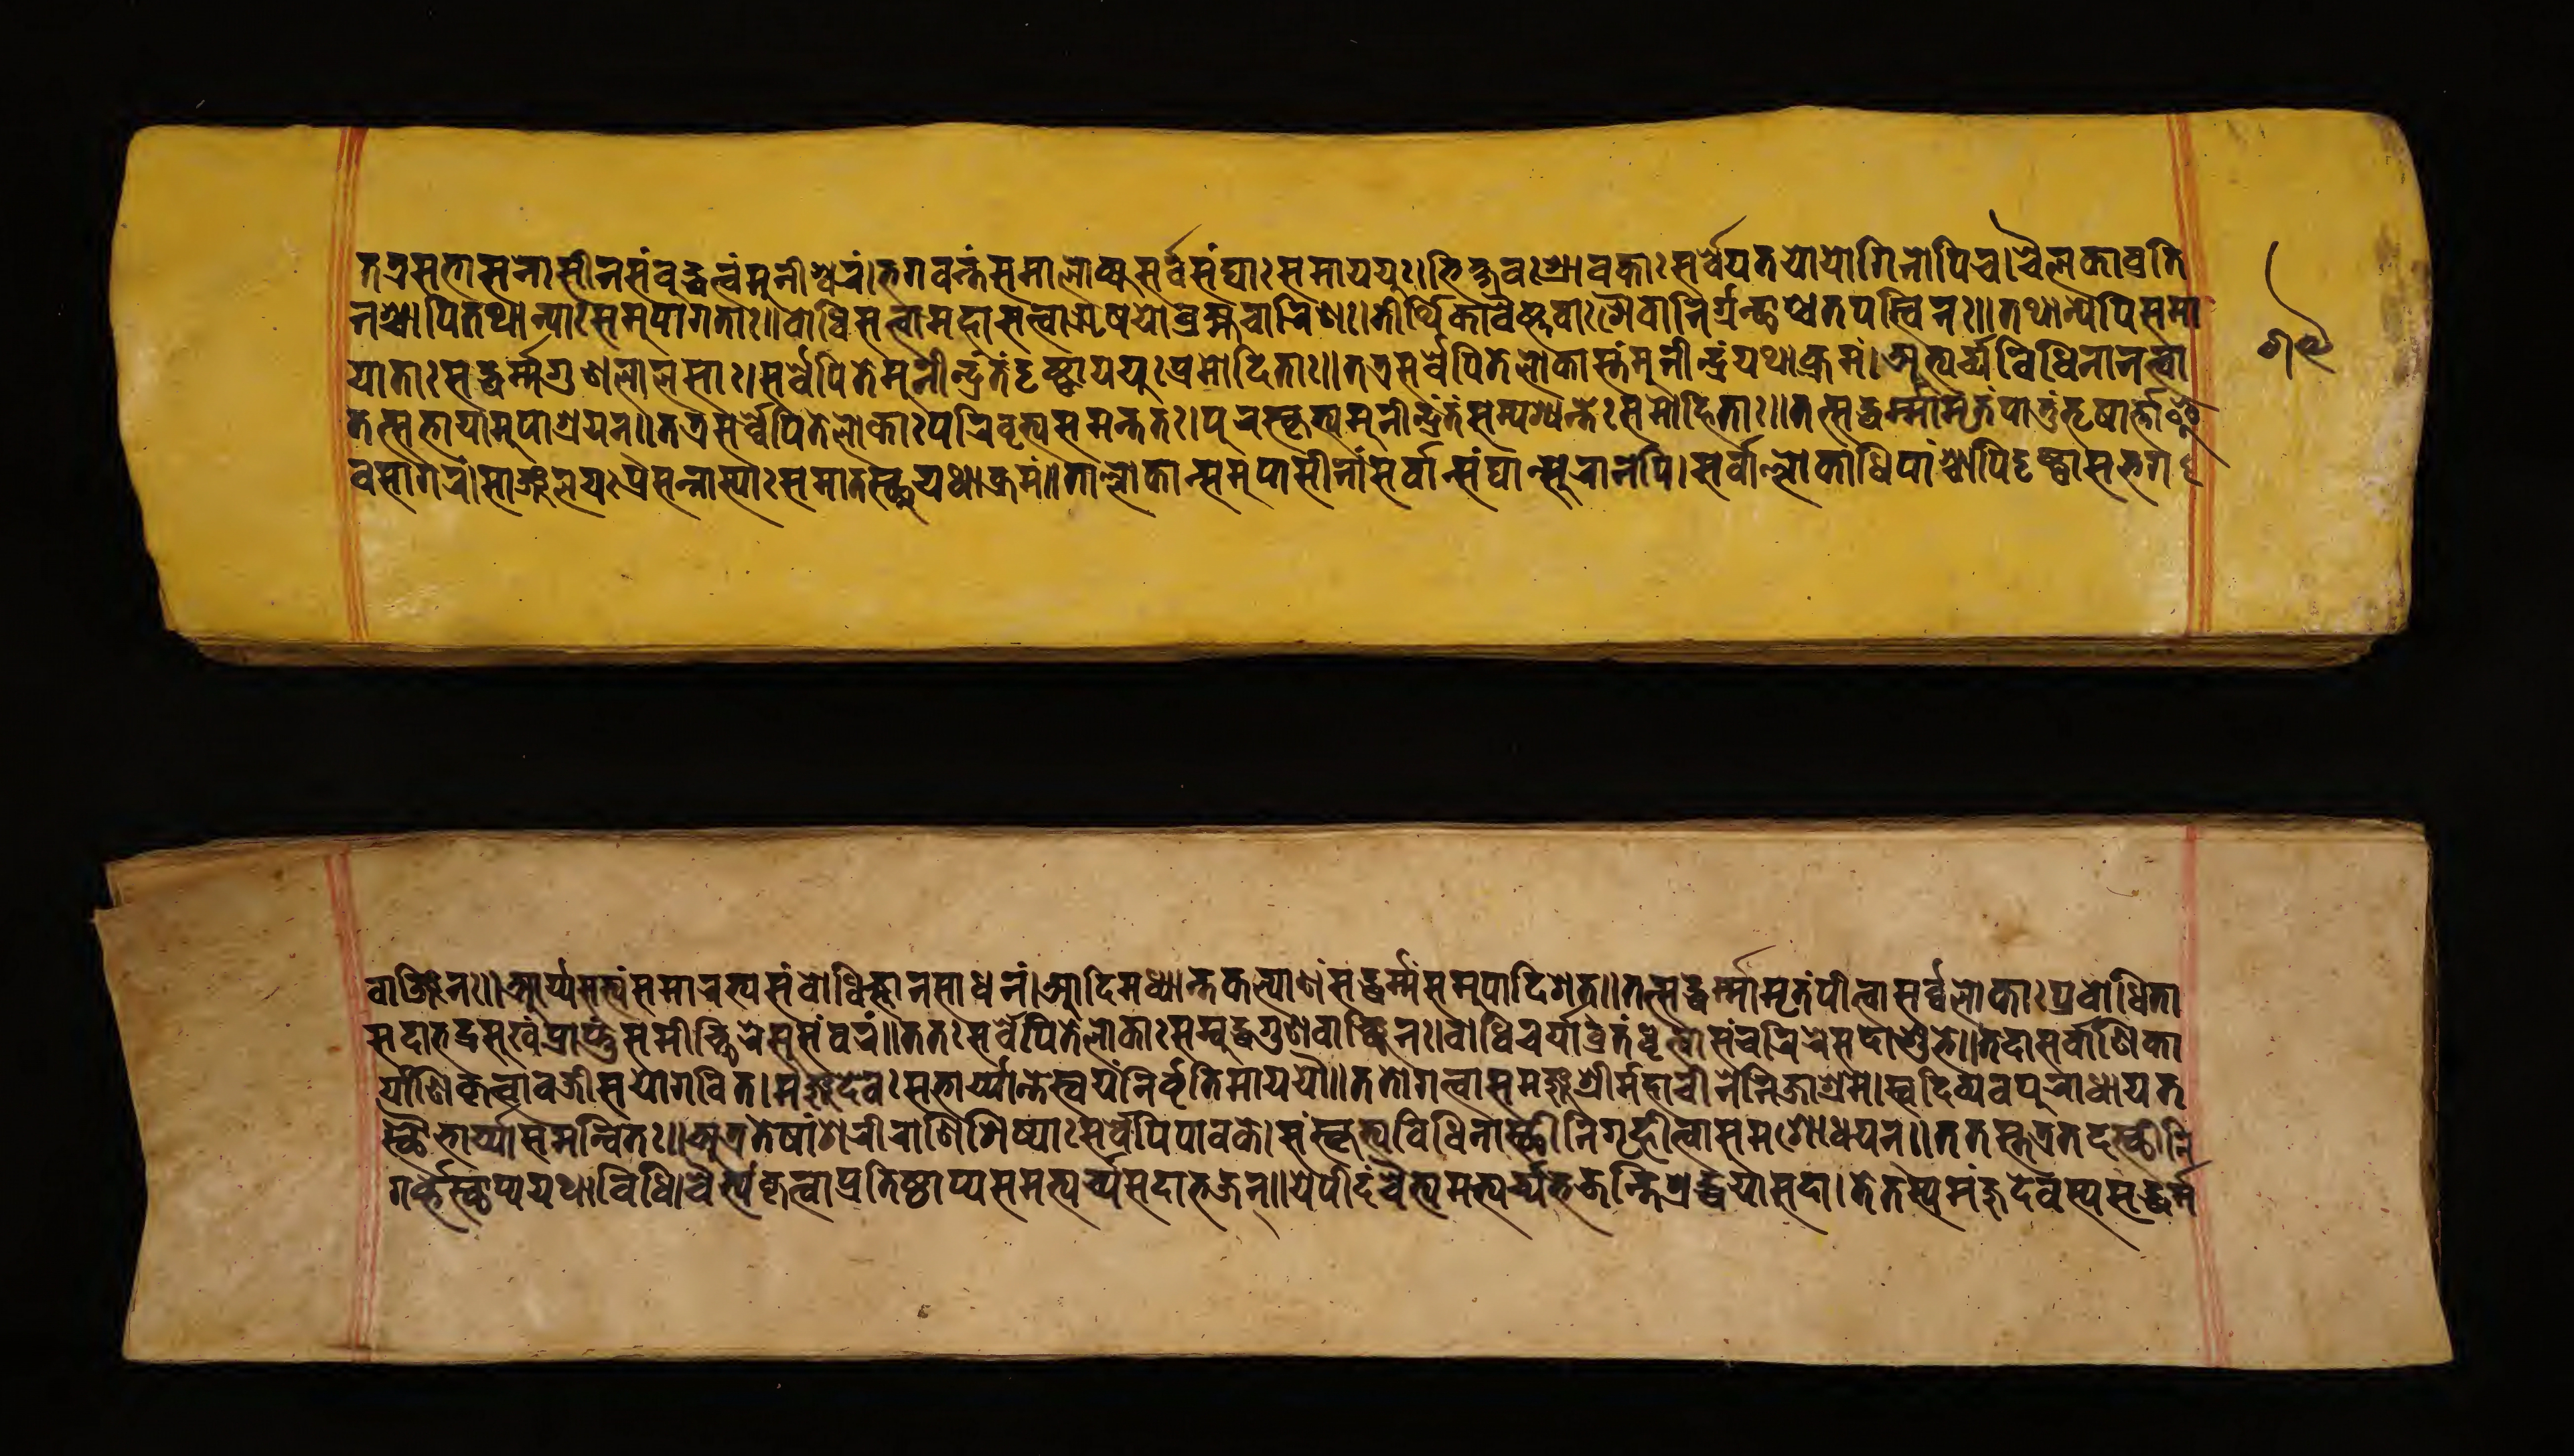
𑐟𑐟𑑂𑐬𑐳𑐨𑐵𑐳𑐣𑐵𑐳𑐷𑐣𑑄𑐳𑑄𑐧𑐸𑐡𑑂𑐢𑐳𑑂𑐟𑑄𑐩𑐸𑐣𑐷𑐱𑑂𑐰𑐬𑑄𑑋𑐨𑐐𑐰𑐣𑑂𑐟𑑄𑐳𑐩𑐵𑐮𑑀𑐎𑑂𑐫𑐳𑐬𑑂𑐰𑐾𑐳𑑄𑐑𑐵𑑅𑐳𑐩𑐵𑐫𑐫𑐸𑑅𑑋𑐨𑐶𑐎𑑂𑐲𑐰𑑅𑐱𑑂𑐬𑐵𑐰𑐎𑐵𑑅𑐳𑐬𑑂𑐰𑐾𑐫𑐟𑐫𑑀𑐫𑑀𑐐𑐶𑐣𑑀𑐥𑐶𑐔𑑋𑐔𑐿𑐮𑐎𑐵𑐰𑑂𑐬𑐟𑐶 𑐣𑐱𑑂𑐔𑐵𑐥𑐶𑐟𑐠𑐵𑐣𑑂𑐫𑐵𑑅𑐳𑐩𑐸𑐥𑐵𑐐𑐟𑐵𑑅𑑌𑐧𑑀𑐢𑐶𑐳𑐟𑑂𑐟𑑂𑐰𑐵𑐩𑐴𑐵𑐳𑐟𑑂𑐟𑑂𑐰𑐵𑐆𑐲𑐫𑑀𑐧𑑂𑐬𑐴𑑂𑐩𑐔𑐵𑐬𑐶𑐞𑑅𑑋𑐟𑐷𑐬𑑂𑐠𑐶𑐎𑐵𑐰𑐿𑐲𑑂𑐞𑐰𑐵𑑅𑐱𑐿𑐰𑐵𑐬𑑂𑐣𑐶𑐬𑑂𑐐𑐣𑑂𑐠𑐵𑐱𑑂𑐔𑐟𑐥𑐳𑑂𑐰𑐶𑐣𑑅𑑌𑐟𑐠𑐵𑐣𑑂𑐫𑐾𑐥𑐶𑐳𑐩𑐵 𑐫𑐵𑐟𑐵𑑅𑐳𑐡𑑂𑐢𑐬𑑂𑐩𑐐𑐸𑐞𑐮𑐵𑐮𑐳𑐵𑑅𑑋𑐳𑐬𑑂𑐰𑐾𑐥𑐶𑐟𑐾𑐩𑐸𑐣𑐷𑐣𑑂𑐡𑑂𑐬𑐳𑑂𑐟𑑄𑐡𑐺𑐲𑑂𑐚𑑂𑐰𑐵𑐫𑐫𑑁𑐥𑑂𑐬𑐩𑑀𑐡𑐶𑐟𑐵𑑅𑑌𑐟𑐟𑑂𑐬𑐳𑐬𑑂𑐰𑐾𑐥𑐶𑐟𑐾𑐮𑑀𑐎𑐵𑐳𑑂𑐟𑑄𑐩𑐸𑐣𑐷𑐣𑑂𑐡𑑂𑐬𑑄𑐫𑐠𑐵𑐎𑑂𑐬𑐩𑑄𑑋𑐀𑐨𑑂𑐫𑐬𑑂𑐔𑑂𑐫𑐰𑐶𑐢𑐶𑐣𑐵𑐣𑐟𑑂𑐰𑐵 𑐟𑐟𑑂𑐳𑐨𑐵𑐫𑐵𑐩𑐸𑐥𑐵𑐱𑑂𑐬𑐫𑐣𑑂𑑌𑐟𑐟𑑂𑐬𑐳𑐬𑑂𑐰𑐾𑐥𑐶𑐟𑐾𑐮𑑀𑐎𑐵𑑅𑐥𑐬𑐶𑐰𑐺𑐟𑑂𑐫𑐳𑐩𑐣𑑂𑐟𑐟𑑅𑑋𑐥𑐸𑐬𑐳𑑂𑐎𑐺𑐟𑑂𑐫𑐩𑐸𑐣𑐷𑐣𑑂𑐡𑑂𑐬𑐣𑑂𑐟𑑄𑐳𑑄𑐥𑐱𑑂𑐫𑐣𑑂𑐟𑑅𑐳𑐩𑐵𑐴𑐶𑐟𑐵𑑅𑑌𑐟𑐟𑑂𑐳𑐡𑑂𑐢𑐬𑑂𑐩𑑂𑐩𑐵𑐩𑐺𑐟𑑄𑐥𑐵𑐟𑐸𑑄𑐟𑐺𑐲𑐵𑐬𑑂𑐟𑑂𑐟𑐵𑐂 𑐰𑐳𑐵𑐐𑐬𑑄𑑋𑐳𑐵𑐘𑑂𑐖𑐮𑐫𑑅𑐥𑑂𑐬𑐳𑐣𑑂𑐣𑐵𑐳𑑂𑐫𑐵𑑅𑐳𑐩𑐵𑐟𑐳𑑂𑐠𑐸𑐫𑐠𑐵𑐎𑑂𑐬𑐩𑑄𑑌𑐟𑐵𑑄𑐮𑑀𑐎𑐵𑐣𑑂𑐳𑐩𑐸𑐥𑐵𑐳𑐷𑐣𑐵𑐣𑑂𑐳𑐬𑑂𑐰𑐵𑐣𑑂𑐳𑐑𑐵𑐣𑑂𑐳𑐸𑐬𑐵𑐣𑐥𑐶𑑋𑐳𑐬𑑂𑐰𑐵𑐮𑑂𑐮𑑀𑐎𑐵𑐢𑐶𑐥𑐵𑑄𑐱𑑂𑐔𑐵𑐥𑐶𑐡𑐺𑐲𑑂𑐚𑑂𑐰𑐵𑐳𑐨𑐐 𑐰𑐵𑐘𑑂𑐖𑐶𑐣𑑅𑑌𑐁𑐬𑑂𑐫𑐳𑐟𑑂𑐫𑑄𑐳𑐩𑐵𑐬𑐨𑑂𑐫𑐳𑑄𑐧𑑀𑐢𑐶𑐖𑑂𑐘𑐵𑐣𑐳𑐵𑐢𑐣𑑄𑑋𑐁𑐡𑐶𑐩𑐢𑑂𑐫𑐵𑐣𑑂𑐟𑐎𑐮𑑂𑐫𑐵𑐞𑑄𑐳𑐡𑑂𑐢𑐬𑑂𑐩𑑂𑐩𑐳𑐩𑐸𑐥𑐵𑐡𑐶𑐱𑐟𑑂𑑌𑐟𑐟𑑂𑐳𑐡𑑂𑐢𑐬𑑂𑐩𑑂𑐩𑐵𑐩𑐺𑐟𑑄𑐥𑐷𑐟𑑂𑐰𑐵𑐳𑐬𑑂𑐰𑐾𑐮𑑀𑐎𑐵𑑅𑐥𑑂𑐬𑐰𑑀𑐢𑐶𑐟𑐵 𑐳𑐡𑐵𑐨𑐡𑑂𑐬𑐳𑐸𑐏𑑄𑐥𑑂𑐬𑐵𑐥𑑂𑐣𑐸𑐳𑐩𑐷𑐔𑑂𑐕𑐶𑐬𑐾𑐳𑐸𑐳𑑄𑐰𑐬𑑄𑑌𑐟𑐟𑑅𑐳𑐬𑑂𑐰𑐾𑐥𑐶𑐟𑐾𑐮𑑀𑐎𑐵𑑅𑐳𑑄𑐧𑐸𑐡𑑂𑐢𑐐𑐸𑐞𑐰𑐵𑐘𑑂𑐕𑐶𑐣𑑅𑑋𑐧𑑀𑐢𑐶𑐔𑐬𑑂𑐫𑐵𑐰𑑂𑐬𑐟𑑄𑐢𑐺𑐟𑑂𑐰𑐵𑐳𑑄𑐔𑐬𑐶𑐬𑐾𑐳𑐡𑐵𑐱𑐸𑐨𑐾𑑌𑐟𑐡𑐵𑐳𑐬𑑂𑐰𑐵𑐞𑐶𑐎𑐵 𑐬𑑂𑐫𑐵𑐞𑐶𑐎𑐺𑐟𑑂𑐰𑐵𑐰𑐖𑑂𑐬𑐷𑐳𑐫𑑀𑐐𑐰𑐶𑐟𑑂𑑋𑐩𑐘𑑂𑐖𑐸𑐡𑐾𑐰𑑅𑐳𑐨𑐵𑐬𑑂𑐫𑐵𑐣𑑂𑐟𑐾𑐳𑑂𑐰𑐫𑑄𑐣𑐶𑐬𑑂𑐰𑐺𑐟𑐶𑐩𑐵𑐫𑐫𑑁𑑌𑐟𑐟𑑀𑐐𑐟𑑂𑐰𑐵𑐩𑐴𑐵𑐔𑐷𑐣𑐾𑐳𑐩𑐘𑑂𑐖𑐸𑐱𑑂𑐬𑐷𑐖𑐶𑐣𑐵𑐱𑑂𑐬𑐩𑐾𑑋𑐳𑑂𑐰𑐡𑐶𑐰𑑂𑐫𑐰𑐥𑐸𑐬𑐵𑐢𑐵𑐫𑐟 𑐳𑑂𑐠𑑁𑐨𑐵𑐬𑑂𑐫𑐵𑐳𑐩𑐣𑑂𑐰𑐶𑐟𑑅𑑌𑐀𑐟𑑂𑐬𑐟𑐾𑐲𑐵𑑄𑐱𑐬𑐷𑐬𑐵𑐞𑐶𑐱𑐶𑐲𑑂𑐫𑐵𑑅𑐳𑐬𑑂𑐰𑐾𑐥𑐶𑐥𑐵𑐰𑐎𑐾𑑋𑐳𑑄𑐳𑑂𑐎𑐺𑐟𑑂𑐫𑐰𑐶𑐢𑐶𑐣𑐵𑐳𑑂𑐠𑐷𑐣𑐶𑐐𑐺𑐴𑐶𑐟𑑂𑐰𑐵𑐳𑐩𑐱𑑀𑐢𑐫𑐣𑑂𑑌𑐟𑐟𑐳𑑂𑐟𑐾𑐟𑑂𑐬𑐟𑐡𑐳𑑂𑐠𑐷𑐣𑐶 𑐐𑐬𑑂𑐰𑑂𑐫𑐳𑑂𑐠𑐵𑐥𑑂𑐫𑐫𑐠𑐵𑐰𑐶𑐢𑐶𑑋𑐔𑐿𑐟𑑂𑐫𑑄𑐎𑐺𑐟𑑂𑐰𑐵𑐥𑑂𑐬𑐟𑐶𑐳𑑂𑐠𑐵𑐥𑑂𑐫𑐳𑐩𑐨𑑂𑐫𑐬𑑂𑐔𑑂𑐫𑐳𑐡𑐵𑐨𑐖𑐣𑑂𑑌𑐫𑐾𑐫𑐷𑐡𑑄𑐔𑐿𑐟𑑂𑐫𑐩𑐨𑑂𑐫𑐬𑑂𑐔𑑂𑐫𑐨𑐖𑐣𑑂𑐟𑐶𑐱𑑂𑐬𑐡𑑂𑐢𑐫𑐵𑐳𑐡𑐵𑑋𑐟𑐾𑐟𑐳𑑂𑐫𑐩𑐘𑑂𑐖𑐸𑐡𑐾𑐰𑐳𑑂𑐫𑐳𑐡𑑂𑐢𑐬𑑂𑐩𑑂𑐩 𑑖𑑙